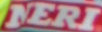
NERI